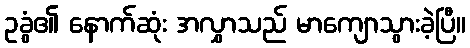
ဥခွံ၏ နောက်ဆုံး အလွှာသည် မာကျောသွားခဲ့ပြီ။